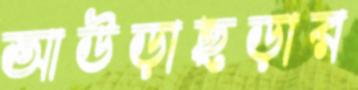
আউড়াছড়ার